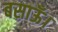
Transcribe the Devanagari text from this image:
बसाऊँ।